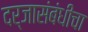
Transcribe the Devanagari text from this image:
दर्जासंबंधीचा